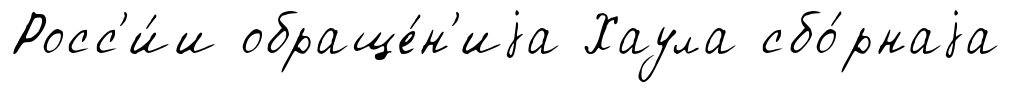
Росс'и́и обраще́н'иjа Хаула сбо́рнаjа